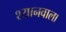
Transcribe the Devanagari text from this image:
श्यानवाला